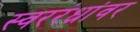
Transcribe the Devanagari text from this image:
स्वररंध्रांवर